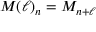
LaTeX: M ( \ell ) _ { n } = M _ { n + \ell }